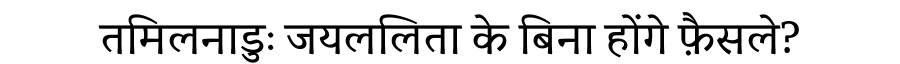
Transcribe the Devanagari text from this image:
तमिलनाडुः जयललिता के बिना होंगे फ़ैसले?